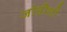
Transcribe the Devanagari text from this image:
जोडीशी